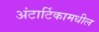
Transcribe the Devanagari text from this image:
अंटार्टिकामधील